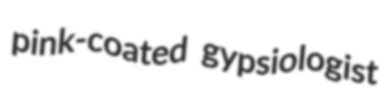
pink-coated gypsiologist